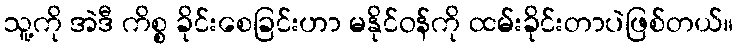
သူ့ကို အဲဒီ ကိစ္စ ခိုင်းစေခြင်းဟာ မနိုင်ဝန်ကို ထမ်းခိုင်းတာပဲဖြစ်တယ်။